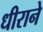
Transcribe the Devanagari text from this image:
धीराने